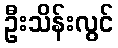
ဦးသိန်းလွင်